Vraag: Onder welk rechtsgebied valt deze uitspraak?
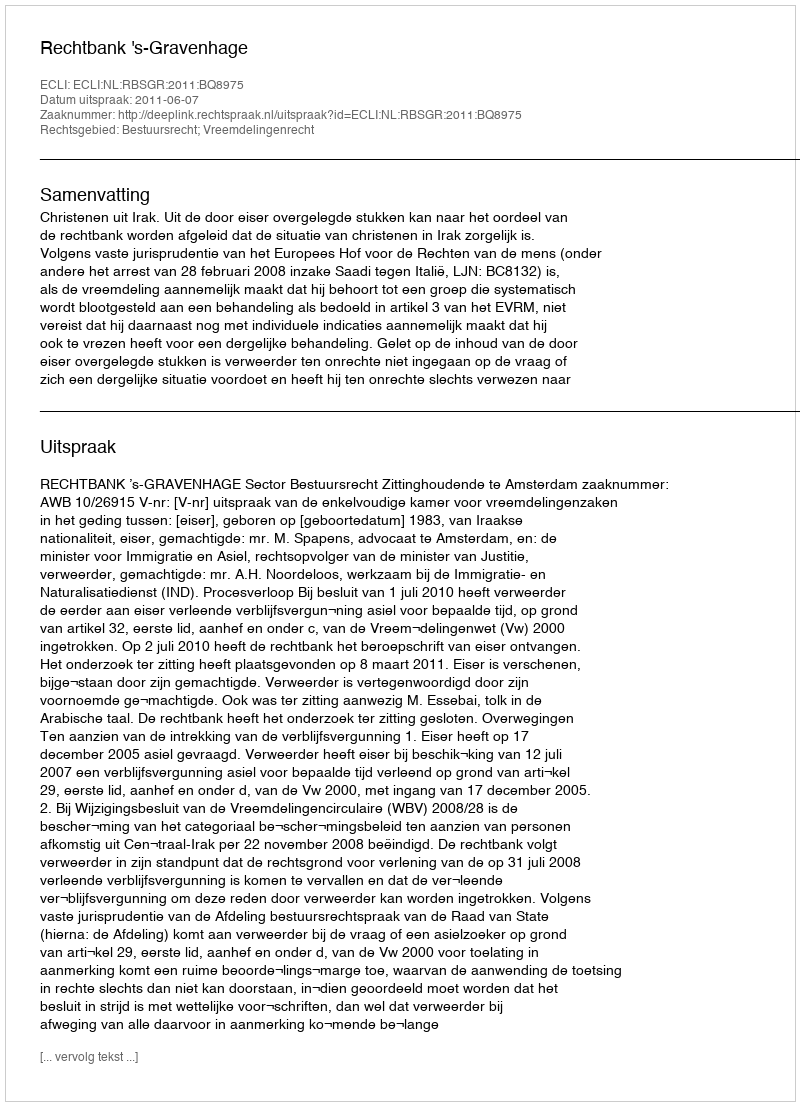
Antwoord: Bestuursrecht; Vreemdelingenrecht